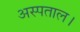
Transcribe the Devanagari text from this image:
अस्पताल।